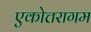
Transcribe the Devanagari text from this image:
एकोत्तरागम